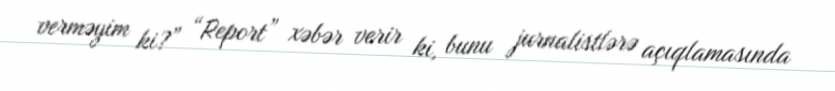
verməyim ki?” “Report” xəbər verir ki, bunu jurnalistlərə açıqlamasında